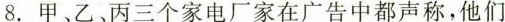
8.甲、乙、丙三个家电厂家在广告中都声称，他们